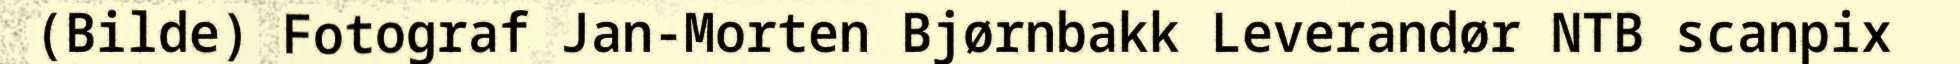
(Bilde) Fotograf Jan-Morten Bjørnbakk Leverandør NTB scanpix